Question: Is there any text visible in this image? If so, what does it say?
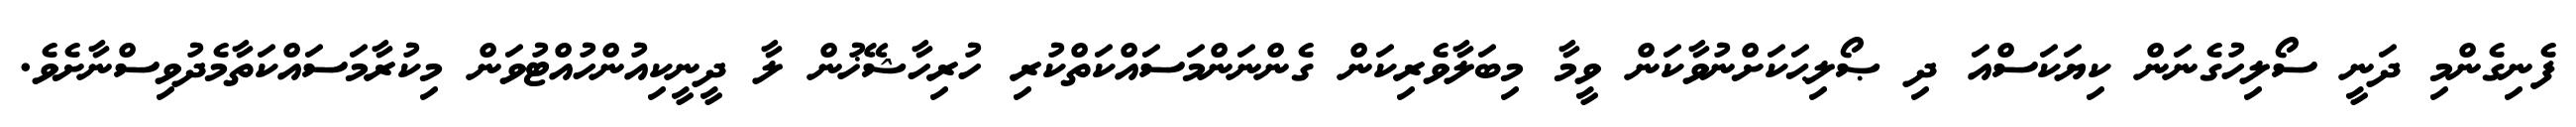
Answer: ފެނިގެންމި ދަނީ ސޯލިހުގެނަން ކިޔަކަސްއަ ދި ޞޯލިޙަކަށްނުވާކަން ވީމާ މިބަލާވެރިކަން ގެންނަންމަސައްކަތްކުރި ހުރިހާޝޭޚުން ލާ ދީނީކިއުންހުއްޓުވަން މިކުރާމަސައްކަތާމެދުވިސްނާށެވެ.